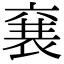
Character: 㐮